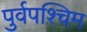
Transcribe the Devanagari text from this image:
पुर्वपश्चिम